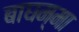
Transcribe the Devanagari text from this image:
बाघम्मा